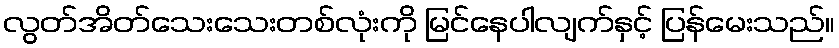
လွတ်အိတ်သေးသေးတစ်လုံးကို မြင်နေပါလျက်နှင့် ပြန်မေးသည်။